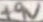
Text: +9V